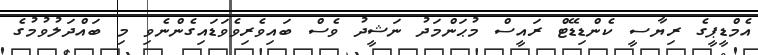
އެމްޑީޕީގެ ރިޔާސީ ކެންޑިޑޭޓް ރައީސް މުޙަންމަދު ނަޝީދު ވެސް ބައިވެރިވެވަޑައިގެންނެވި މި ބައްދަލުވުމުގެ